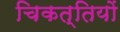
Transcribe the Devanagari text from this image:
चिकत्तियों